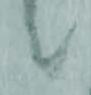
候